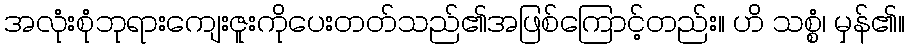
အလုံးစုံဘုရားကျေးဇူးကိုပေးတတ်သည်၏အဖြစ်ကြောင့်တည်း။ ဟိ သစ္စံ၊ မှန်၏။